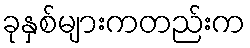
ခုနှစ်များကတည်းက